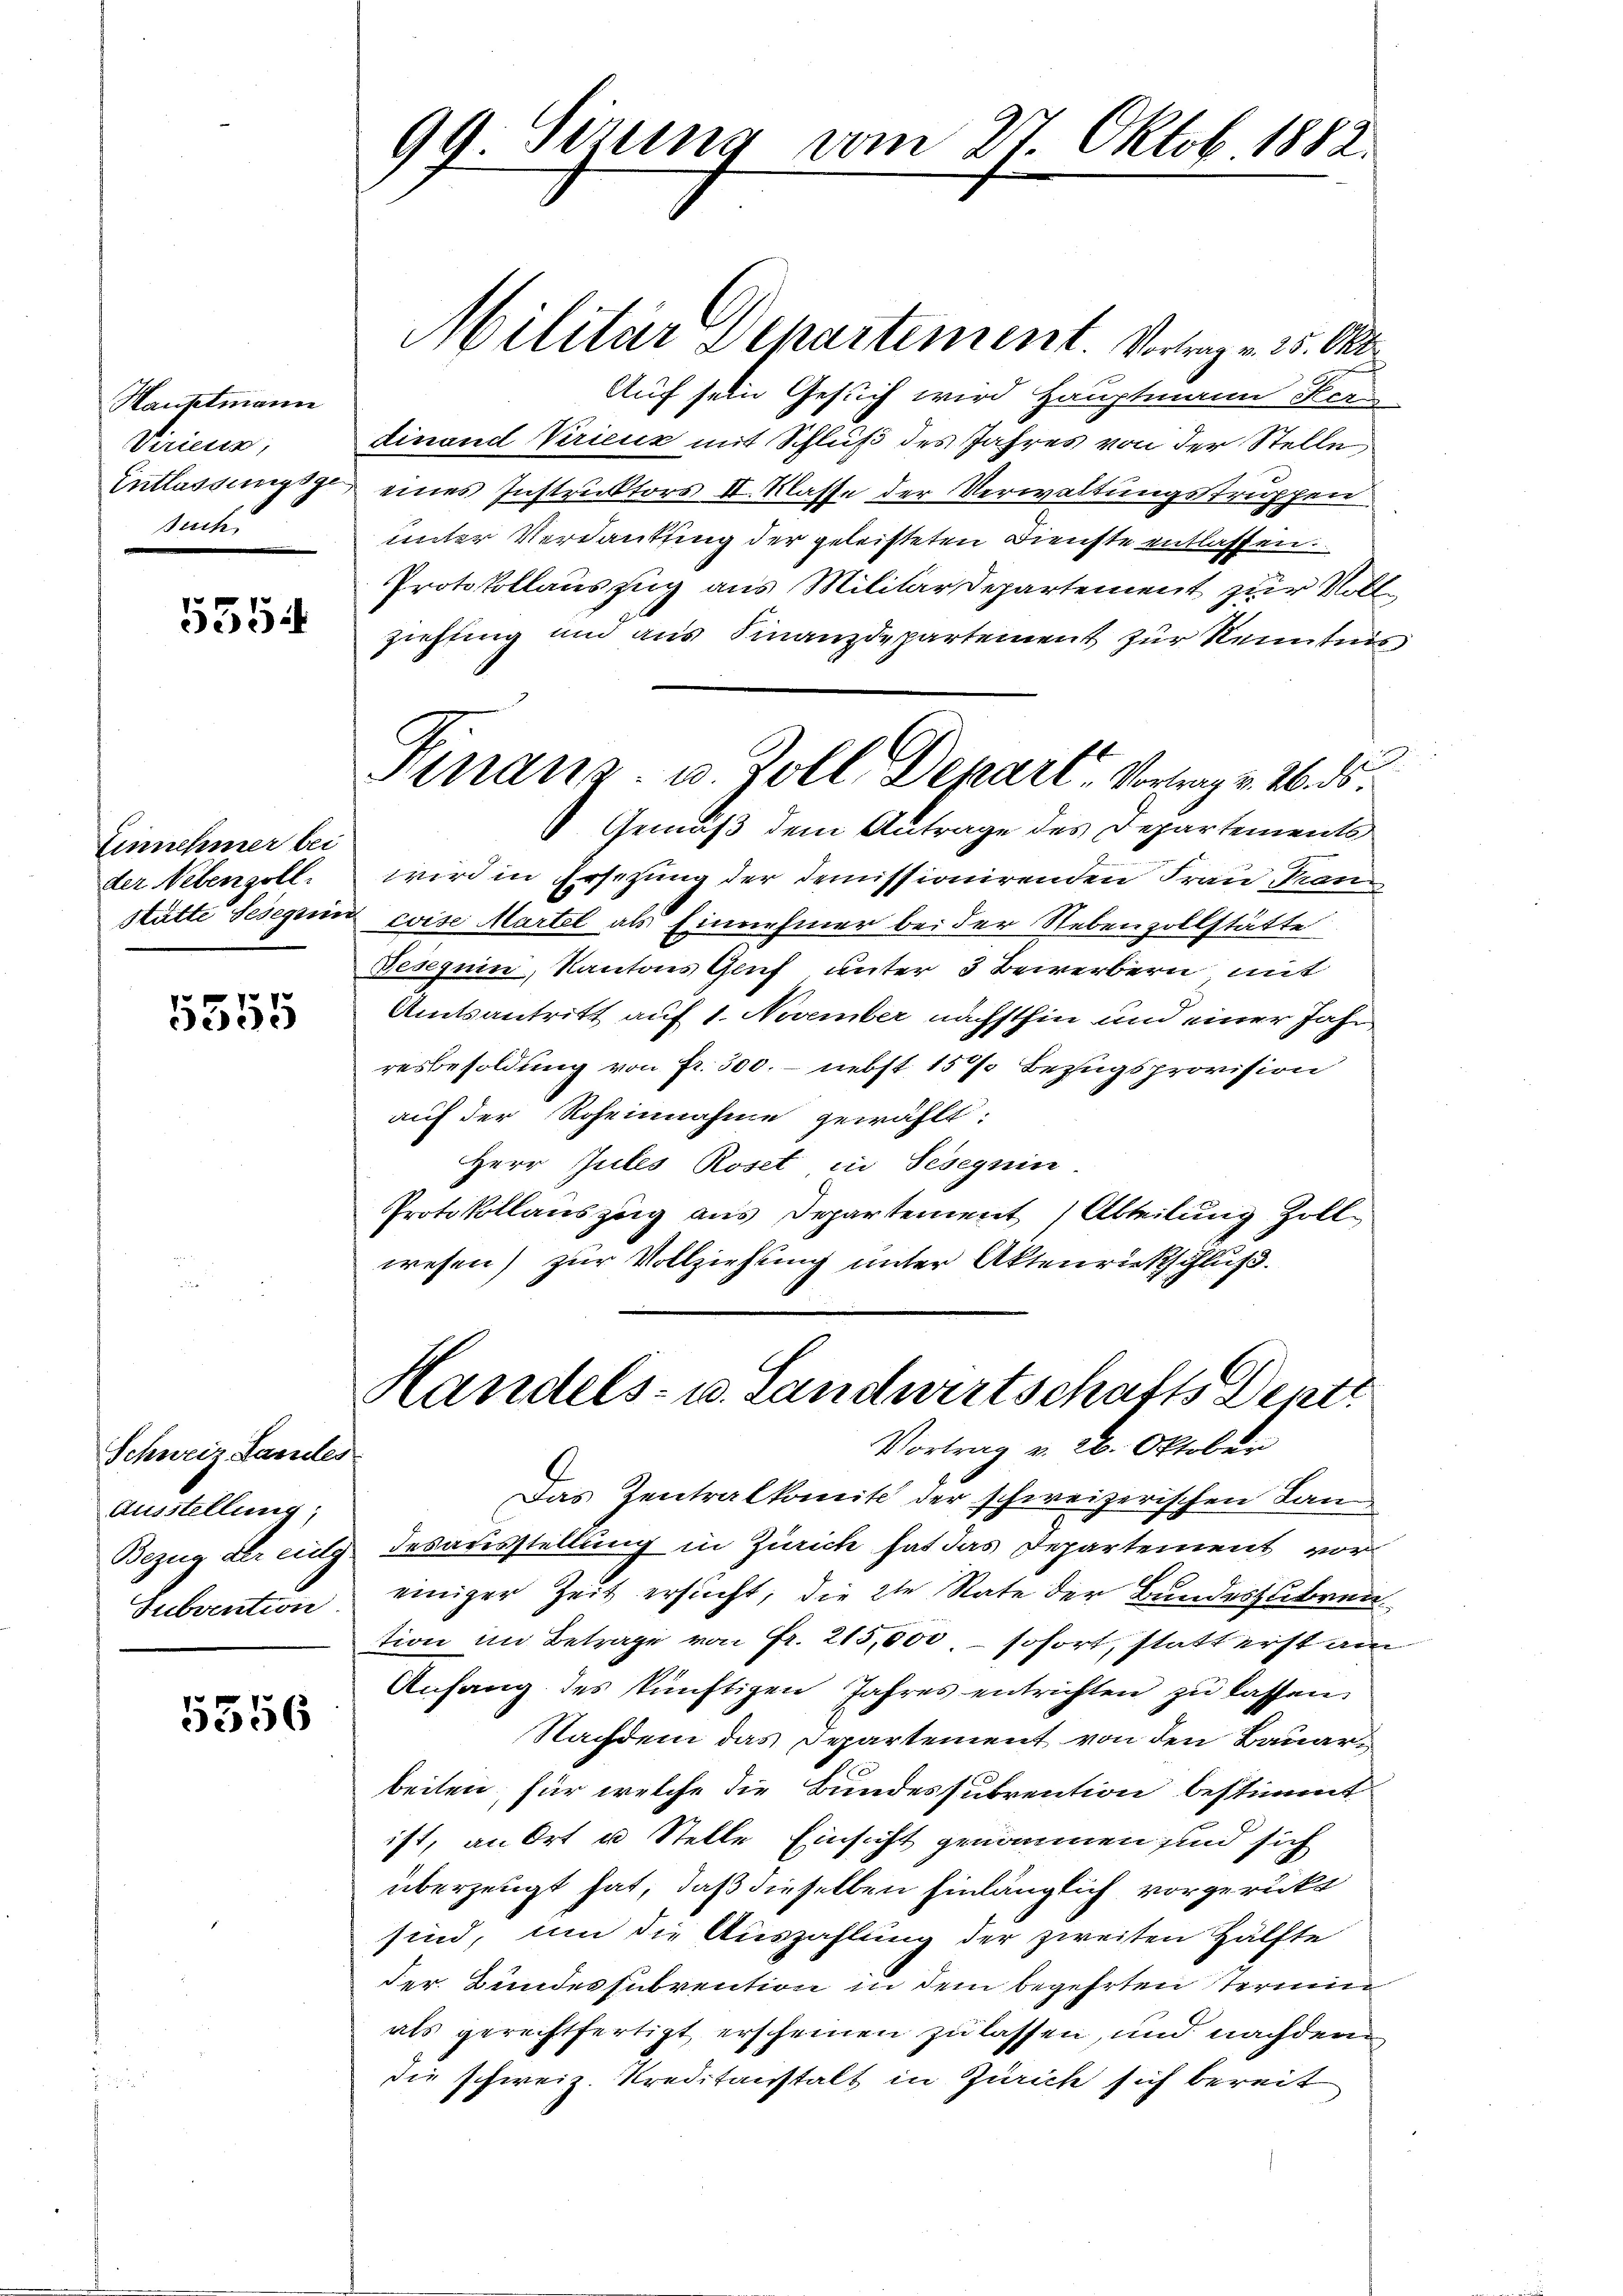
Hauptmann
Viricus,
Entlassungsge
Such

5554

Einnehmer bei
der Nebenzoll.
Stätte Seseguin

5555

Schweiz Landes
Ausstellung;
Subvention.

5556

99. Sirung vom 27. Oktob. 1882.

Militär Departement. Vortrag v. 25. Okto
Auf sein Gesuch wird Hauptmann Her
dinand Krienz mit Schluß des Jahres von der Stelle
eines Instruktors II. Klasse der Verwaltungsstrüppen
unter Verdankung der geleisteten Dienste entlassen.
Protokollauszug aus Militärdepartement zur Vollziehung und aus Finanzdepartement zur Kenntnis
 Gemäß dem Antrage des Departements
wird in Erschung der demissionirenden Frau Pran
 coise Martel als Einnehmer bei der Nebenzollstätte
Beseguin, Kantons Gruf unter 3 Bewerbern mit
Amtsantritt auf 1. November nächsthin und einer Jahr
resbesoldung von fr. 300. - nebst 15% Bezugsprovision
auf der Roheinnahme gewählt:
Herr Jules Roset, in Seseguin
Protokollauszug aus Departement Abteilung Zoll
wesen) zur Vollziehung unter Aktenrietschluß.
Handels- u. Landwirtschafts Dentr
Vortrag v. 26. Oktober
Das Zentralkomit der schweizerischen Lan
Bezug der eutg desausstellung in Zürich hat das Departement voreiniger Zeit ersucht, die 2te Rate der Bundeszubren
tion im Betrage von Fr. 215,000, sofort, statt erst am
Anfang des künftigen Jahres entrichten zu lassen
Nachdem das Departement von den Bauarbeilen, für welche die Bundessubvention bestimmt
it, an Ort u Stelle Einsicht genommen und sich
überzeugt hat, daß dieselben hinlänglich vorgerückt
sind, um die Auszahlung der zweiten Hälfte
der Bundessubvention in dem begehrten Termin
als gerechtfertigt, erscheinen zu lassen, und nachdem
die schweiz. Kreditanstalt in Zürich sich bereit

Finanz- u. Zoll Depart - Vortrag v. 26. ds.